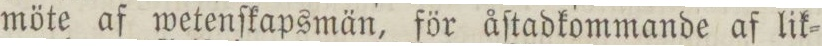
möte af wetenſkapsmän, för åſtadkommande af lik=